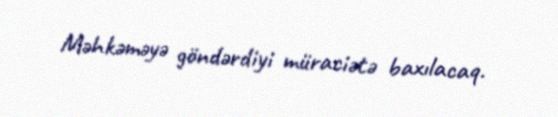
Məhkəməyə göndərdiyi müraciətə baxılacaq.